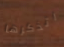
اتذكرها